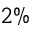
2 \%